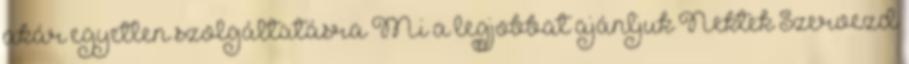
akár egyetlen szolgáltatásra Mi a legjobbat ajánljuk Nektek Szervezd